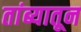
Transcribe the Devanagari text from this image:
तांब्यातून